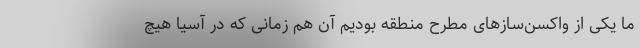
ما یکی از واکسن‌سازهای مطرح منطقه بودیم آن هم زمانی که در آسیا هیچ